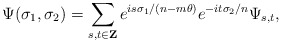
\begin{align*}\Psi(\sigma_1,\sigma_2)=\sum_{s,t\in {\bf Z}} e^{is\sigma_1/(n-m\theta)}e^{-it\sigma_2/n} \Psi_{s,t},\end{align*}